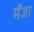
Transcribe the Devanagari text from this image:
मँजा